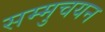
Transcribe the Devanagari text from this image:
सम्मुचयन